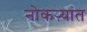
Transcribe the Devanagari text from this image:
नोकऱ्यांत